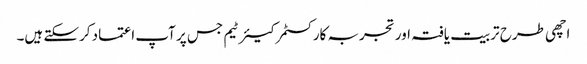
اچھی طرح تربیت یافتہ اور تجربہ کار کسٹمر کیئر ٹیم جس پر آپ اعتماد کرسکتے ہیں۔